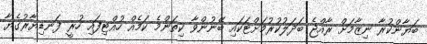
ބަޔާންކުރާ ނިޒާމަށް ރާއްޖެ ބަދަލުކުރުމަށްޓަކައި ބޭނުންވާ ކިތަންމެ ކަމެއް ހުއްޓިފައި ހުރީ ފަނޑިޔާރުގެޔާ